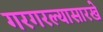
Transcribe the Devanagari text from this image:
गरगरल्यासारखे